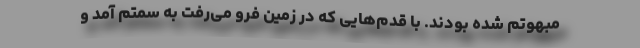
مبهوتم شده بودند. با قدم‌هایی که در زمین فرو می‌رفت به سمتم آمد و